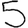
Digit: 5